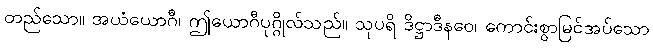
တည်သော။ အယံယောဂီ၊ ဤယောဂီပုဂ္ဂိုလ်သည်။ သုပရိ ဒိဋ္ဌာဒီနဝေ၊ ကောင်းစွာမြင်အပ်သော